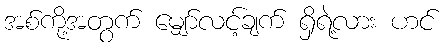
အစ်ကို့အတွက် မျှော်လင့်ချက် ရှိရဲ့လား ဟင်